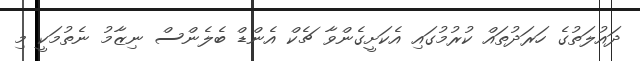
ދައުލަތުގެ ހަރަދުތައް ކުރުމުގައި އެކަށީގެންވާ ޗެކް އެންޑް ބެލެންސް ނިޒާމު ނެތުމަކީ މި